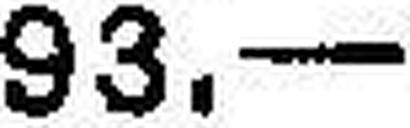
93.—